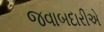
જવાબદારીએ